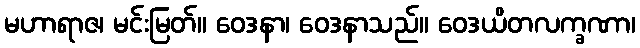
မဟာရာဇ၊ မင်းမြတ်။ ဝေဒနာ၊ ဝေဒနာသည်။ ဝေဒယိတလက္ခဏာ၊